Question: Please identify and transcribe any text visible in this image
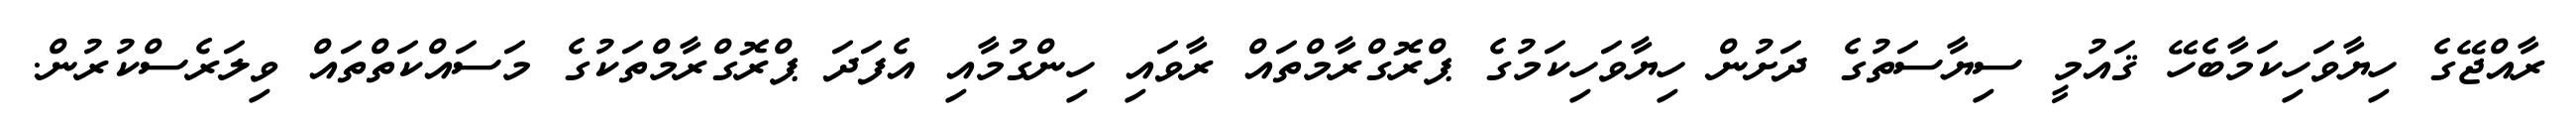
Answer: ރާއްޖޭގެ ހިޔާވަހިކަމާބެހޭ ޤައުމީ ސިޔާސަތުގެ ދަށުން ހިޔާވަހިކަމުގެ ޕްރޮގްރާމްތައް ރާވައި ހިންގުމާއި އެފަދަ ޕްރޮގްރާމްތަކުގެ މަސައްކަތްތައް ވިލަރެސްކުރުން.